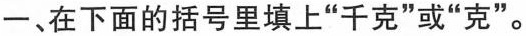
一、在下面的括号里填上“千克”或“克”。